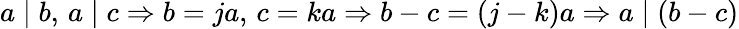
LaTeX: a\mid b,\, a\mid c\Rightarrow b=ja,\, c=ka\Rightarrow b-c=(j-k)a\Rightarrow a\mid(b-c)